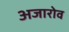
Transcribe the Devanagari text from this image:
अजारोव